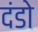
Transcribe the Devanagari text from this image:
दंडो